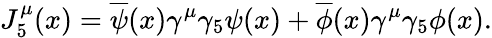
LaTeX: J_{5}^{\mu}(x)=\overline{{{\psi}}}(x)\gamma^{\mu}\gamma_{5}\psi(x)+\overline{{{\phi}}}(x)\gamma^{\mu}\gamma_{5}\phi(x).